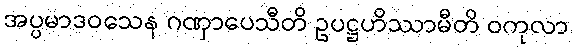
အပ္ပမာဒဝသေန ဂဏှာပေသီတိ ဥပဋ္ဌဟိဿာမီတိ ဝကုလာ